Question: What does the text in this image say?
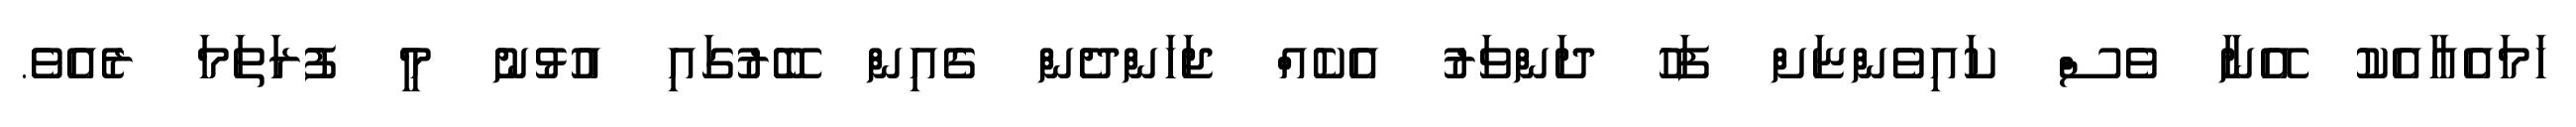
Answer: ހަމައެއާއެކު އޭނާ ވެސް ކައިވެންޏަށް ފަހު ދަންވަރު އެކެއް ޖަހަންދެން ގެއިން ބޭރުގައި އުޅުނު މީ ފުރަތަމަ ރެއެވެ.